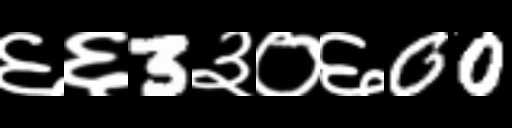
Text: ६६3३०६00